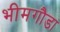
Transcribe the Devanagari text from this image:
भीमगौडा